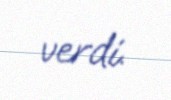
verdi.